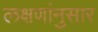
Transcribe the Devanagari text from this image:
लक्षणांनुसार